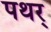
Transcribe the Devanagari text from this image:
पथर्